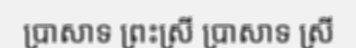
ប្រាសាទ ព្រះស្រី ប្រាសាទ ស្រី